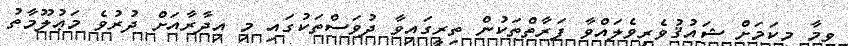
ވީމާ މިކަމަށް ޝައުޤުވެރިވެލައްވާ ފަރާތްތަކުން ތިރީގައިވާ ދުވަސްތަކުގައި މި އިދާރާއަށް ދުރުވެ މަޢުލޫމާތު